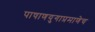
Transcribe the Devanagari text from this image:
पाषाणयुगाप्रमाणेच